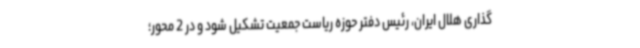
گذاری هلال ایران، رئیس دفتر حوزه ریاست جمعیت تشکیل شود و در 2 محور؛